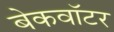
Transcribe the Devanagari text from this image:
बेकवॉटर